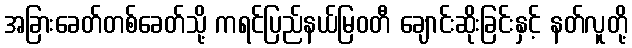
အခြားခေတ်တစ်ခေတ်သို့ ကရင်ပြည်နယ်မြဝတီ ချောင်းဆိုးခြင်းနှင့် နတ်လူတို့